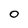
Character: 0